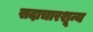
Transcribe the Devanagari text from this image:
सदाचारशून्य